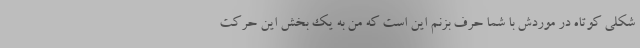
شکلی کوتاه در موردش با شما حرف بزنم این است که من به یک بخش این حرکت